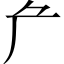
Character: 厃